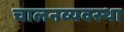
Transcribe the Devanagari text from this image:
चालनव्यवस्था